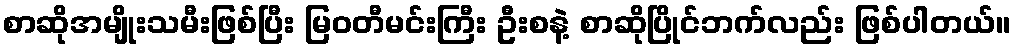
စာဆိုအမျိုးသမီးဖြစ်ပြီး မြဝတီမင်းကြီး ဦးစနဲ့ စာဆိုပြိုင်ဘက်လည်း ဖြစ်ပါတယ်။